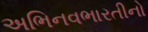
અભિનવભારતીનો